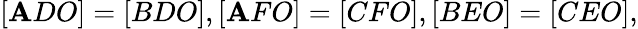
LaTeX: [\mathbf{A}DO]=[BDO],[\mathbf{A}FO]=[CFO],[BEO]=[CEO],